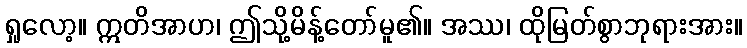
ရှုလော့။ ဣတိအာဟ၊ ဤသို့မိန့်တော်မူ၏။ အဿ၊ ထိုမြတ်စွာဘုရားအား။